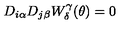
D _ { i \alpha } D _ { j \beta } W _ { \delta } ^ { \gamma } ( \theta ) = 0